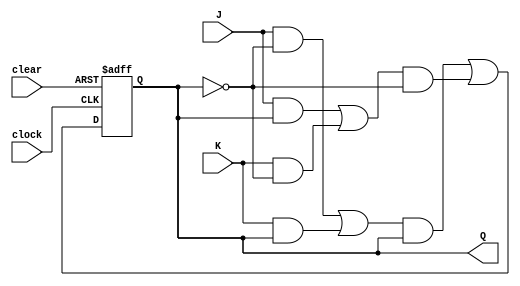
module jk_flip_flop (
    input J, // input signal to set the flip-flop
    input K, // input signal to reset the flip-flop
    input clock, // clock signal
    input clear, // clear signal
    output reg Q // output of the flip-flop
);

reg D1, D2;

assign D1 = (J & ~Q) | (K & Q);
assign D2 = (J & Q) | (K & ~Q);

always @(posedge clock or posedge clear) begin
    if (clear) begin
        Q <= 0;
    end else begin
        Q <= (D1 & Q) | (D2 & ~Q);
    end
end

endmodule